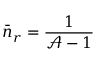
\bar { n } _ { r } = \frac { 1 } { \mathcal { A } - 1 }